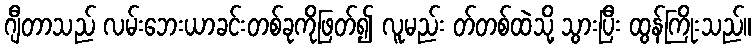
ဂျီတာသည် လမ်းဘေးယာခင်းတစ်ခုကိုဖြတ်၍ လူမည်း တ်တစ်ထဲသို့ သွားပြီး ထွန်ကြိုးသည်။